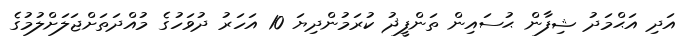
އަދި އަޙްމަދު ޝިފާން ޙުސައިން ތަންފީޛު ކުރަމުންދިޔަ 10 އަހަރު ދުވަހުގެ މުއްދަތަށްޖަލަށްލުމުގެ